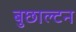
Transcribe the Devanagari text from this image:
बुछाल्टन